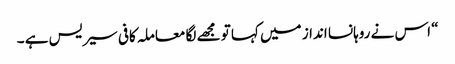
“ اس نے روہانسا انداز میں کہا تو مجھے لگا معاملہ کافی سیریس ہے ۔